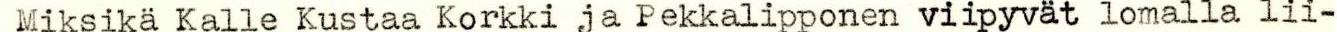
 Miksikä Kalle Kustaa Korkki ja Pekkalipponen viipyvät lomalla lii-